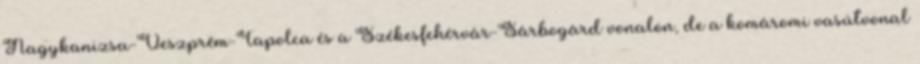
Nagykanizsa-Veszprém-Tapolca és a Székesfehérvár-Sárbogárd vonalon, de a komáromi vasútvonal